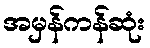
အမှန်ကန်ဆုံး